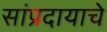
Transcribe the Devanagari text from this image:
सांप्रदायाचे